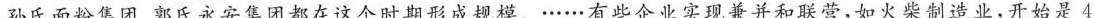
孙氏面粉集团、郭氏永安集团都在这个时期形成规模。……有些企业实现兼并和联营，如火柴制造业，开始是4